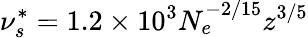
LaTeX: \nu_{s}^{*}=1.2\times 10^{3}N_{e}^{-2/15}z^{3/5}